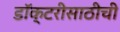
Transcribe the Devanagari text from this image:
डॉक्टरीसाठीची